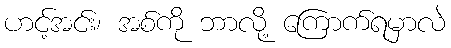
ဟင့်အင်း၊ အစ်ကို ဘာလို့ ကြောက်ရမှာလဲ